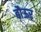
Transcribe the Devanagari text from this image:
बौऊर